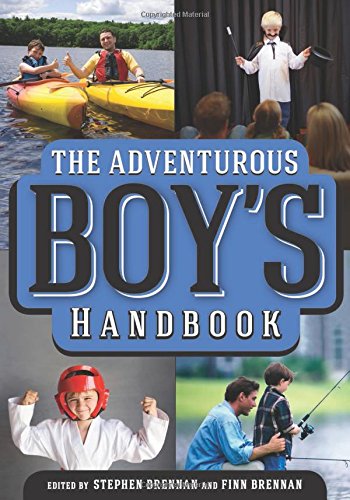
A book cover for The Adventurous Boy's Handbook: For Ages 9 to 99; Stephen Brennan; Children's Books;